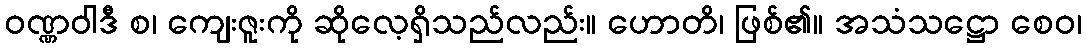
ဝဏ္ဏဝါဒီ စ၊ ကျေးဇူးကို ဆိုလေ့ရှိသည်လည်း။ ဟောတိ၊ ဖြစ်၏။ အသံသဋ္ဌော စေဝ၊